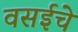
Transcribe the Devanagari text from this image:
वसईचे